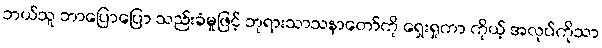
ဘယ်သူ ဘာပြောပြော သည်းခံမှုဖြင့် ဘုရားသာသနာတော်ကို ရှေးရှုကာ ကိုယ့် အလုပ်ကိုသာ